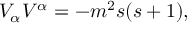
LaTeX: V _ { \alpha } V ^ { \alpha } = - m ^ { 2 } s ( s + 1 ) ,